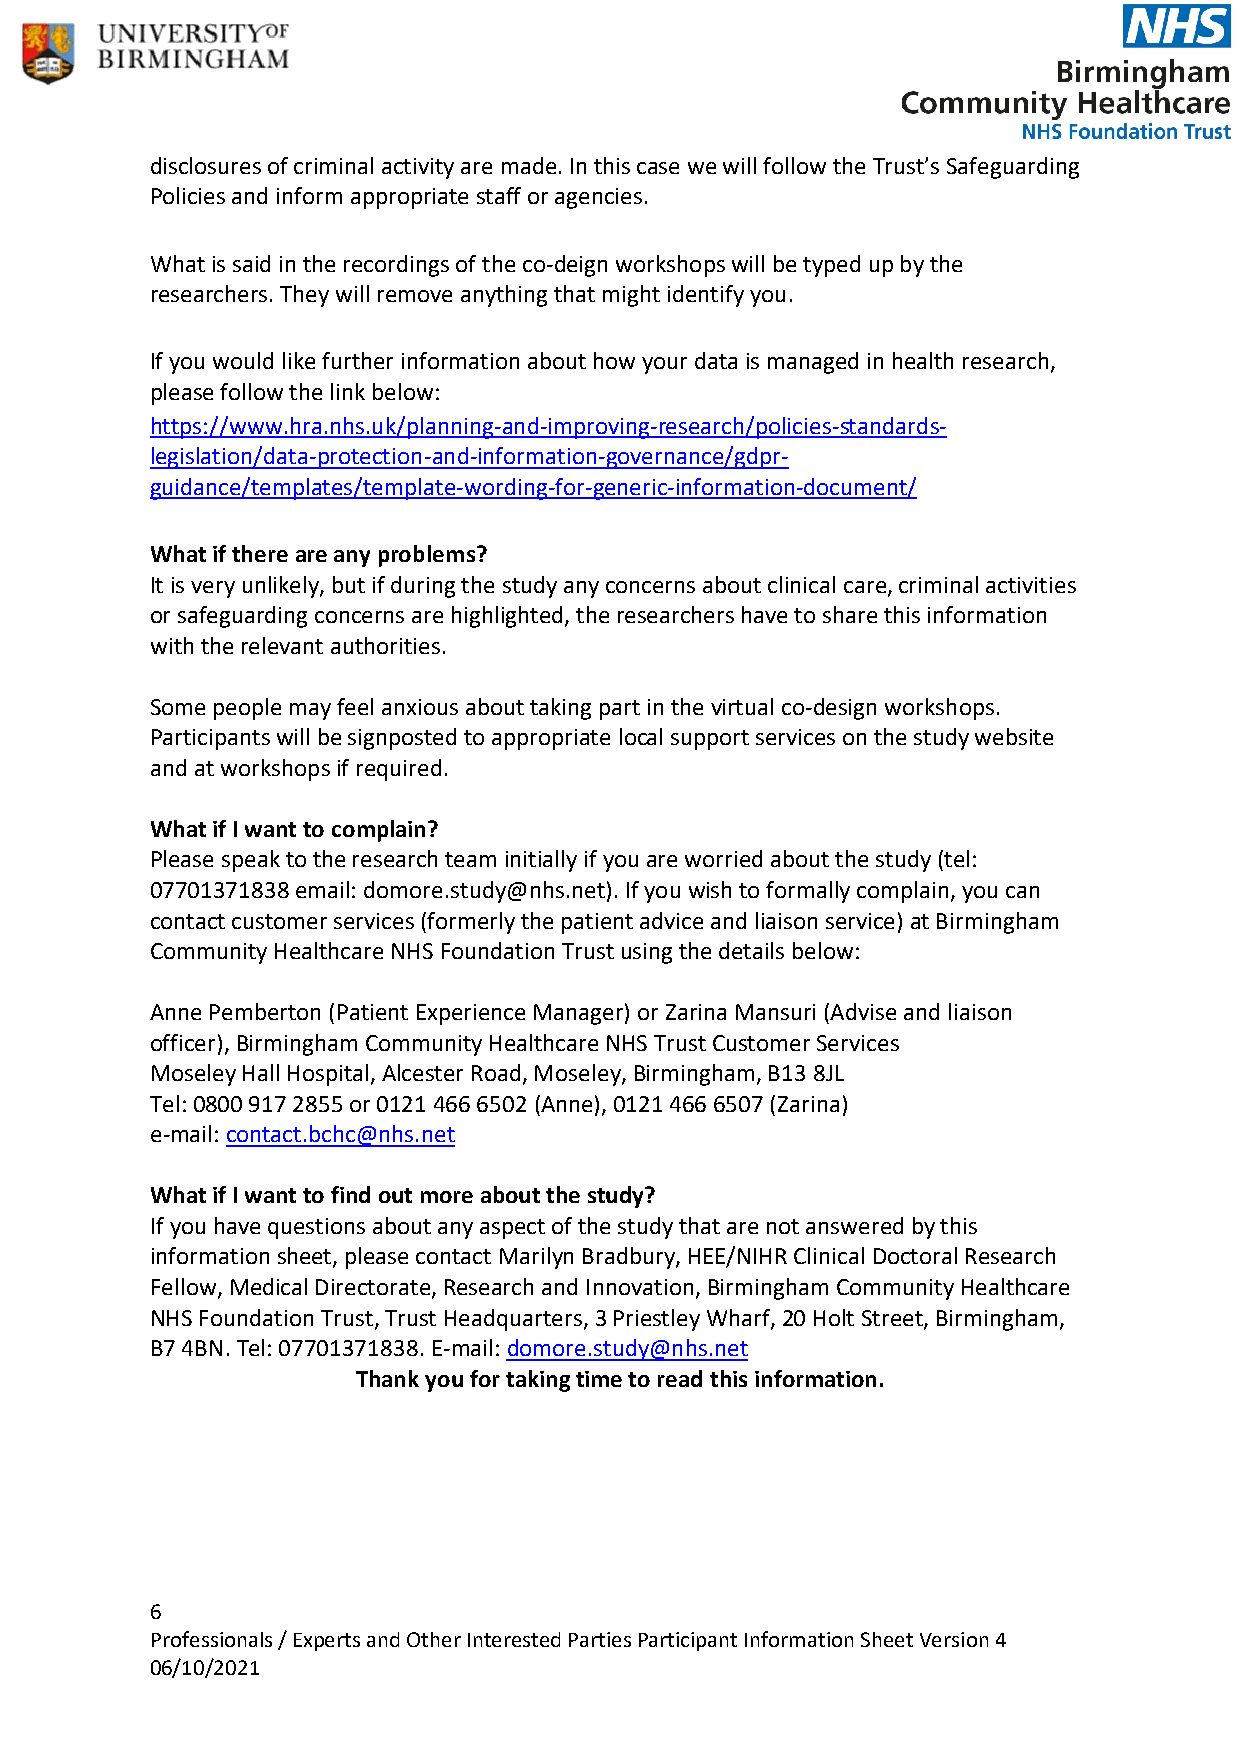
disclosures of criminal activity are made. In this case we will follow the Trust’s Safeguarding
 Policies and inform appropriate staff or agencies.
 What is said in the recordings of the co-deign workshops will be typed up by the
 researchers. They will remove anything that might identify you.
 If you would like further information about how your data is managed in health research,
 please follow the link below:
 https://www.hra.nhs.uk/planning-and-improving-research/policies-standards-
 legislation/data-protection-and-information-governance/gdpr-
 guidance/templates/template-wording-for-generic-information-document/
 What if there are any problems?
 It is very unlikely, but if during the study any concerns about clinical care, criminal activities
 or safeguarding concerns are highlighted, the researchers have to share this information
 with the relevant authorities.
 Some people may feel anxious about taking part in the virtual co-design workshops.
 Participants will be signposted to appropriate local support services on the study website
 and at workshops if required.
 What if I want to complain?
 Please speak to the research team initially if you are worried about the study (tel:
 07701371838 email: domore.study@nhs.net). If you wish to formally complain, you can
 contact customer services (formerly the patient advice and liaison service) at Birmingham
 Community Healthcare NHS Foundation Trust using the details below:
 Anne Pemberton (Patient Experience Manager) or Zarina Mansuri (Advise and liaison
 officer), Birmingham Community Healthcare NHS Trust Customer Services
 Moseley Hall Hospital, Alcester Road, Moseley, Birmingham, B13 8JL
 Tel: 0800 917 2855 or 0121 466 6502 (Anne), 0121 466 6507 (Zarina)
 e-mail: contact.bchc@nhs.net
 What if I want to find out more about the study?
 If you have questions about any aspect of the study that are not answered by this
 information sheet, please contact Marilyn Bradbury, HEE/NIHR Clinical Doctoral Research
 Fellow, Medical Directorate, Research and Innovation, Birmingham Community Healthcare
 NHS Foundation Trust, Trust Headquarters, 3 Priestley Wharf, 20 Holt Street, Birmingham,
 B7 4BN. Tel: 07701371838. E-mail: domore.study@nhs.net
 Thank you for taking time to read this information.
 6
 Professionals / Experts and Other Interested Parties Participant Information Sheet Version 4
 06/10/2021